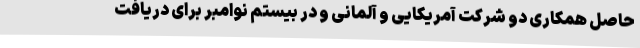
حاصل همکاری دو شرکت آمریکایی و آلمانی و در بیستم نوامبر برای دریافت